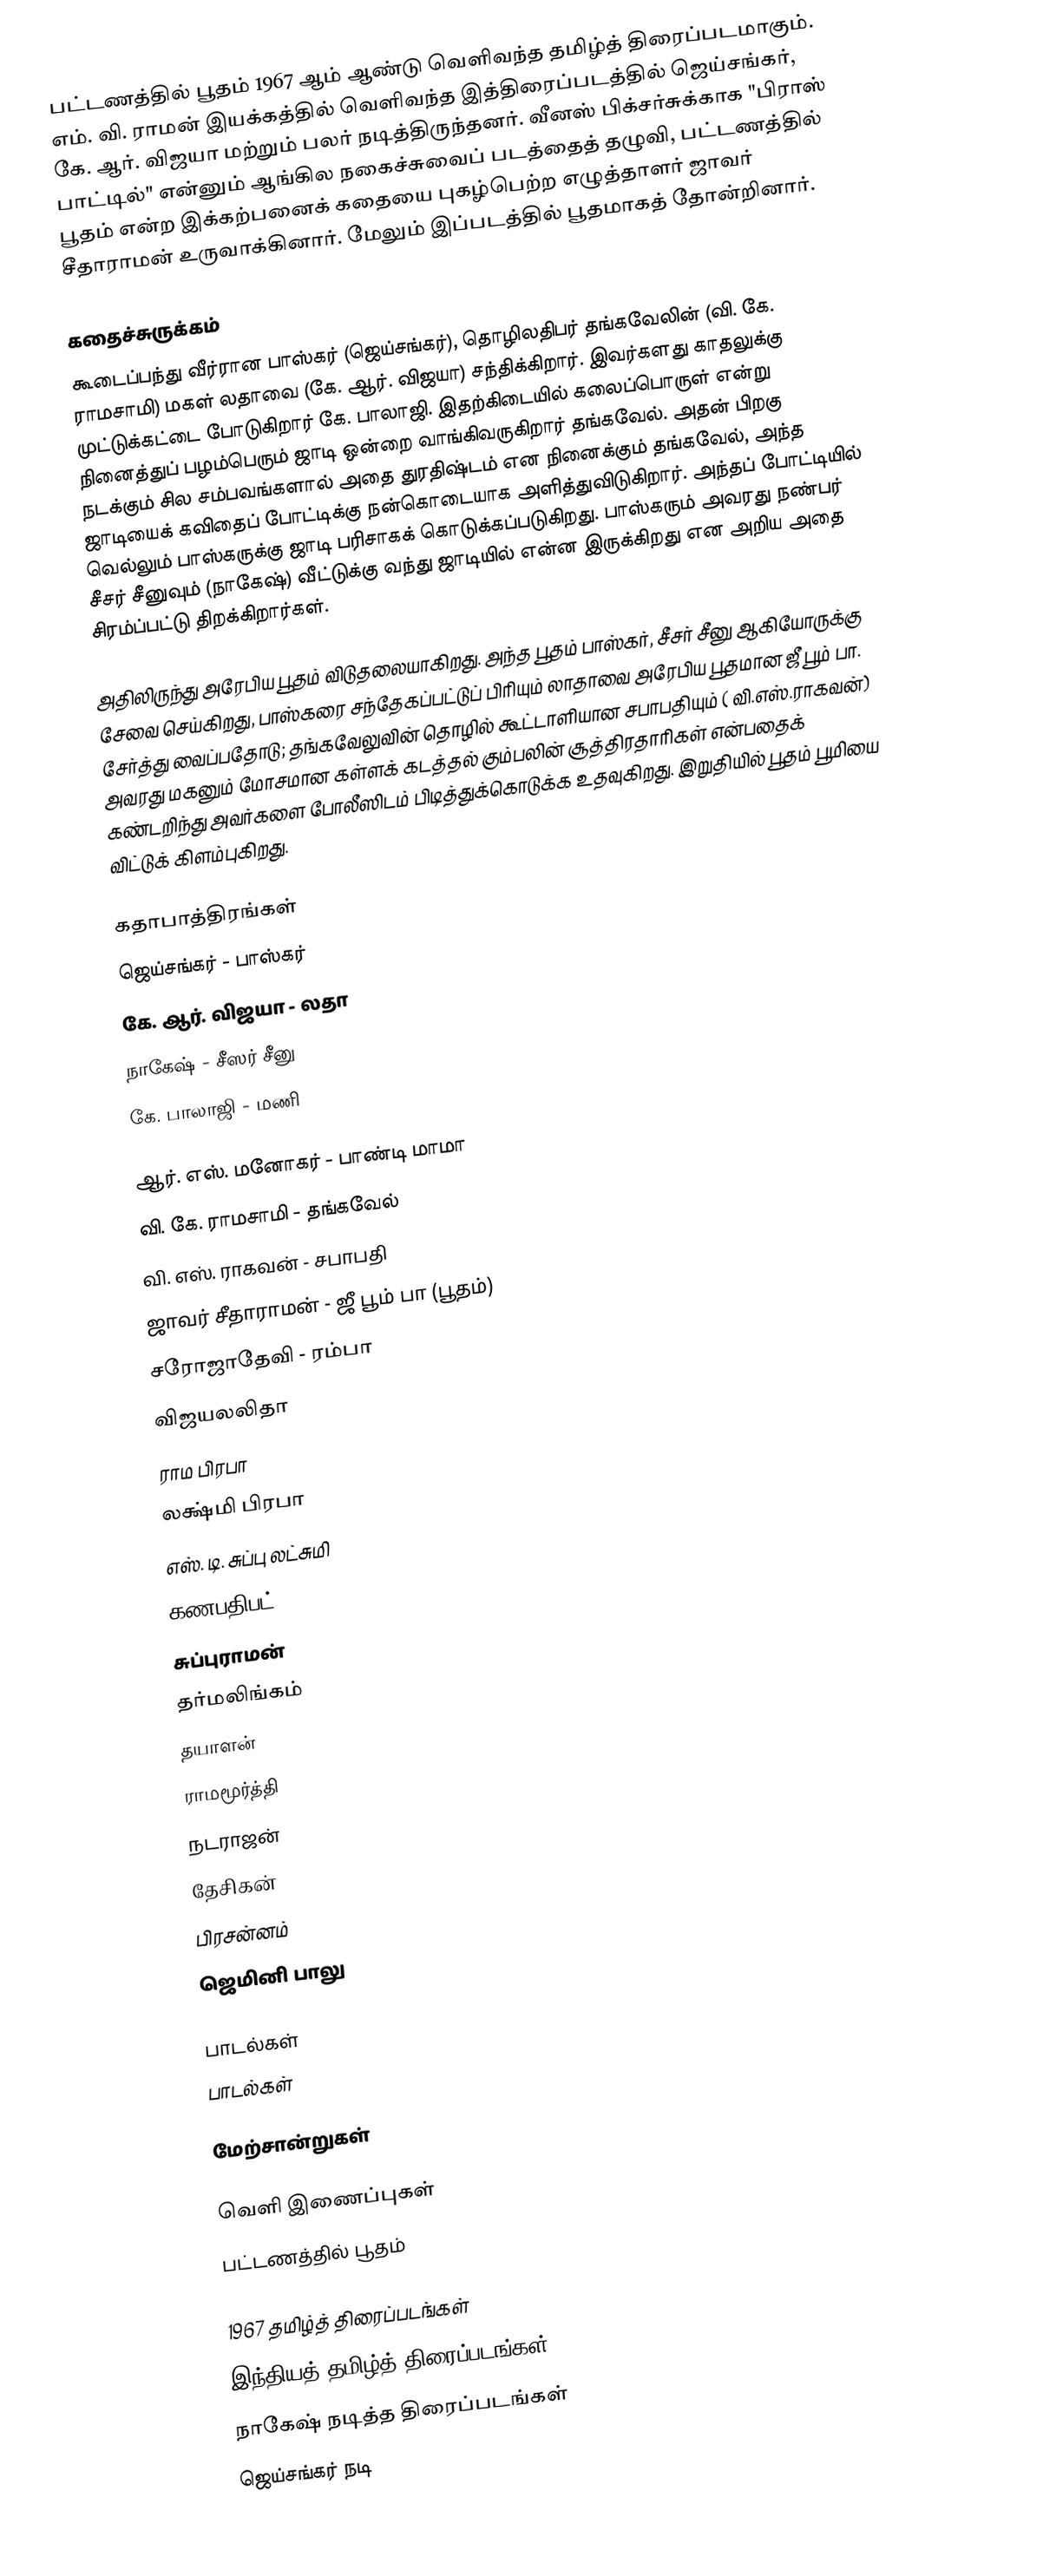
பட்டணத்தில் பூதம் 1967 ஆம் ஆண்டு வெளிவந்த தமிழ்த் திரைப்படமாகும். எம். வி. ராமன் இயக்கத்தில் வெளிவந்த இத்திரைப்படத்தில் ஜெய்சங்கர், கே. ஆர். விஜயா மற்றும் பலர் நடித்திருந்தனர். வீனஸ் பிக்சர்சுக்காக "பிராஸ் பாட்டில்" என்னும் ஆங்கில நகைச்சுவைப் படத்தைத் தழுவி, பட்டணத்தில் பூதம் என்ற இக்கற்பனைக் கதையை புகழ்பெற்ற எழுத்தாளர் ஜாவர் சீதாராமன் உருவாக்கினார். மேலும் இப்படத்தில் பூதமாகத் தோன்றினார்.

கதைச்சுருக்கம்
கூடைப்பந்து வீர்ரான பாஸ்கர் (ஜெய்சங்கர்), தொழிலதிபர் தங்கவேலின் (வி. கே. ராமசாமி) மகள் லதாவை (கே. ஆர். விஜயா) சந்திக்கிறார். இவர்களது காதலுக்கு முட்டுக்கட்டை போடுகிறார் கே. பாலாஜி. இதற்கிடையில் கலைப்பொருள் என்று நினைத்துப் பழம்பெரும் ஜாடி ஒன்றை வாங்கிவருகிறார் தங்கவேல். அதன் பிறகு நடக்கும் சில சம்பவங்களால் அதை துரதிஷ்டம் என நினைக்கும் தங்கவேல், அந்த ஜாடியைக் கவிதைப் போட்டிக்கு நன்கொடையாக அளித்துவிடுகிறார். அந்தப் போட்டியில் வெல்லும் பாஸ்கருக்கு ஜாடி பரிசாகக் கொடுக்கப்படுகிறது. பாஸ்கரும் அவரது நண்பர் சீசர் சீனுவும் (நாகேஷ்) வீட்டுக்கு வந்து ஜாடியில் என்ன இருக்கிறது என அறிய அதை சிரம்ப்பட்டு திறக்கிறார்கள்.

அதிலிருந்து அரேபிய பூதம் விடுதலையாகிறது. அந்த பூதம் பாஸ்கர், சீசர் சீனு ஆகியோருக்கு சேவை செய்கிறது, பாஸ்கரை சந்தேகப்பட்டுப் பிரியும் லாதாவை அரேபிய பூதமான ஜீ பூம் பா. சேர்த்து வைப்பதோடு; தங்கவேலுவின் தொழில் கூட்டாளியான சபாபதியும் ( வி.எஸ்.ராகவன்) அவரது மகனும் மோசமான கள்ளக் கடத்தல் கும்பலின் சூத்திரதாரிகள் என்பதைக் கண்டறிந்து அவர்களை போலீஸிடம் பிடித்துக்கொடுக்க உதவுகிறது. இறுதியில் பூதம் பூமியை விட்டுக் கிளம்புகிறது.

கதாபாத்திரங்கள்
ஜெய்சங்கர்  - பாஸ்கர்
கே. ஆர். விஜயா - லதா
நாகேஷ் - சீஸர் சீனு
கே. பாலாஜி - மணி

ஆர். எஸ். மனோகர் - பாண்டி மாமா
வி. கே. ராமசாமி - தங்கவேல்
வி. எஸ். ராகவன் - சபாபதி
ஜாவர் சீதாராமன் - ஜீ பூம் பா (பூதம்)
சரோஜாதேவி - ரம்பா
விஜயலலிதா
ராம பிரபா
லக்ஷ்மி பிரபா
எஸ். டி. சுப்பு லட்சுமி
கணபதிபட்
சுப்புராமன்
தர்மலிங்கம்
தயாளன்
ராமமூர்த்தி
நடராஜன்
தேசிகன்
பிரசன்னம்
ஜெமினி பாலு

பாடல்கள்
பாடல்கள்

மேற்சான்றுகள்

வெளி இணைப்புகள்
 பட்டணத்தில் பூதம்

1967 தமிழ்த் திரைப்படங்கள்
இந்தியத் தமிழ்த் திரைப்படங்கள்
நாகேஷ் நடித்த திரைப்படங்கள்
ஜெய்சங்கர் நடி